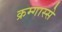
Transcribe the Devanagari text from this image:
क्रम्गास्से